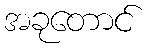
အခုတောင်